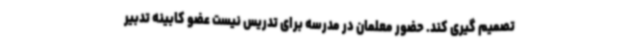
تصمیم گیری کند. حضور معلمان در مدرسه برای تدریس نیست عضو کابینه تدبیر